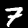
Digit: 7